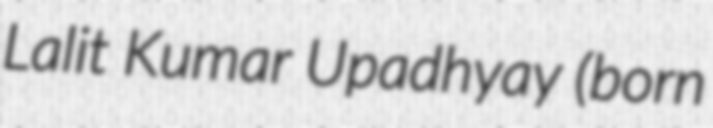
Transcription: Lalit Kumar Upadhyay (born